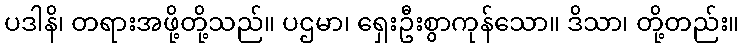
ပဒါနိ၊ တရားအဖို့တို့သည်။ ပဌမာ၊ ရှေးဦးစွာကုန်သော။ ဒိသာ၊ တို့တည်း။